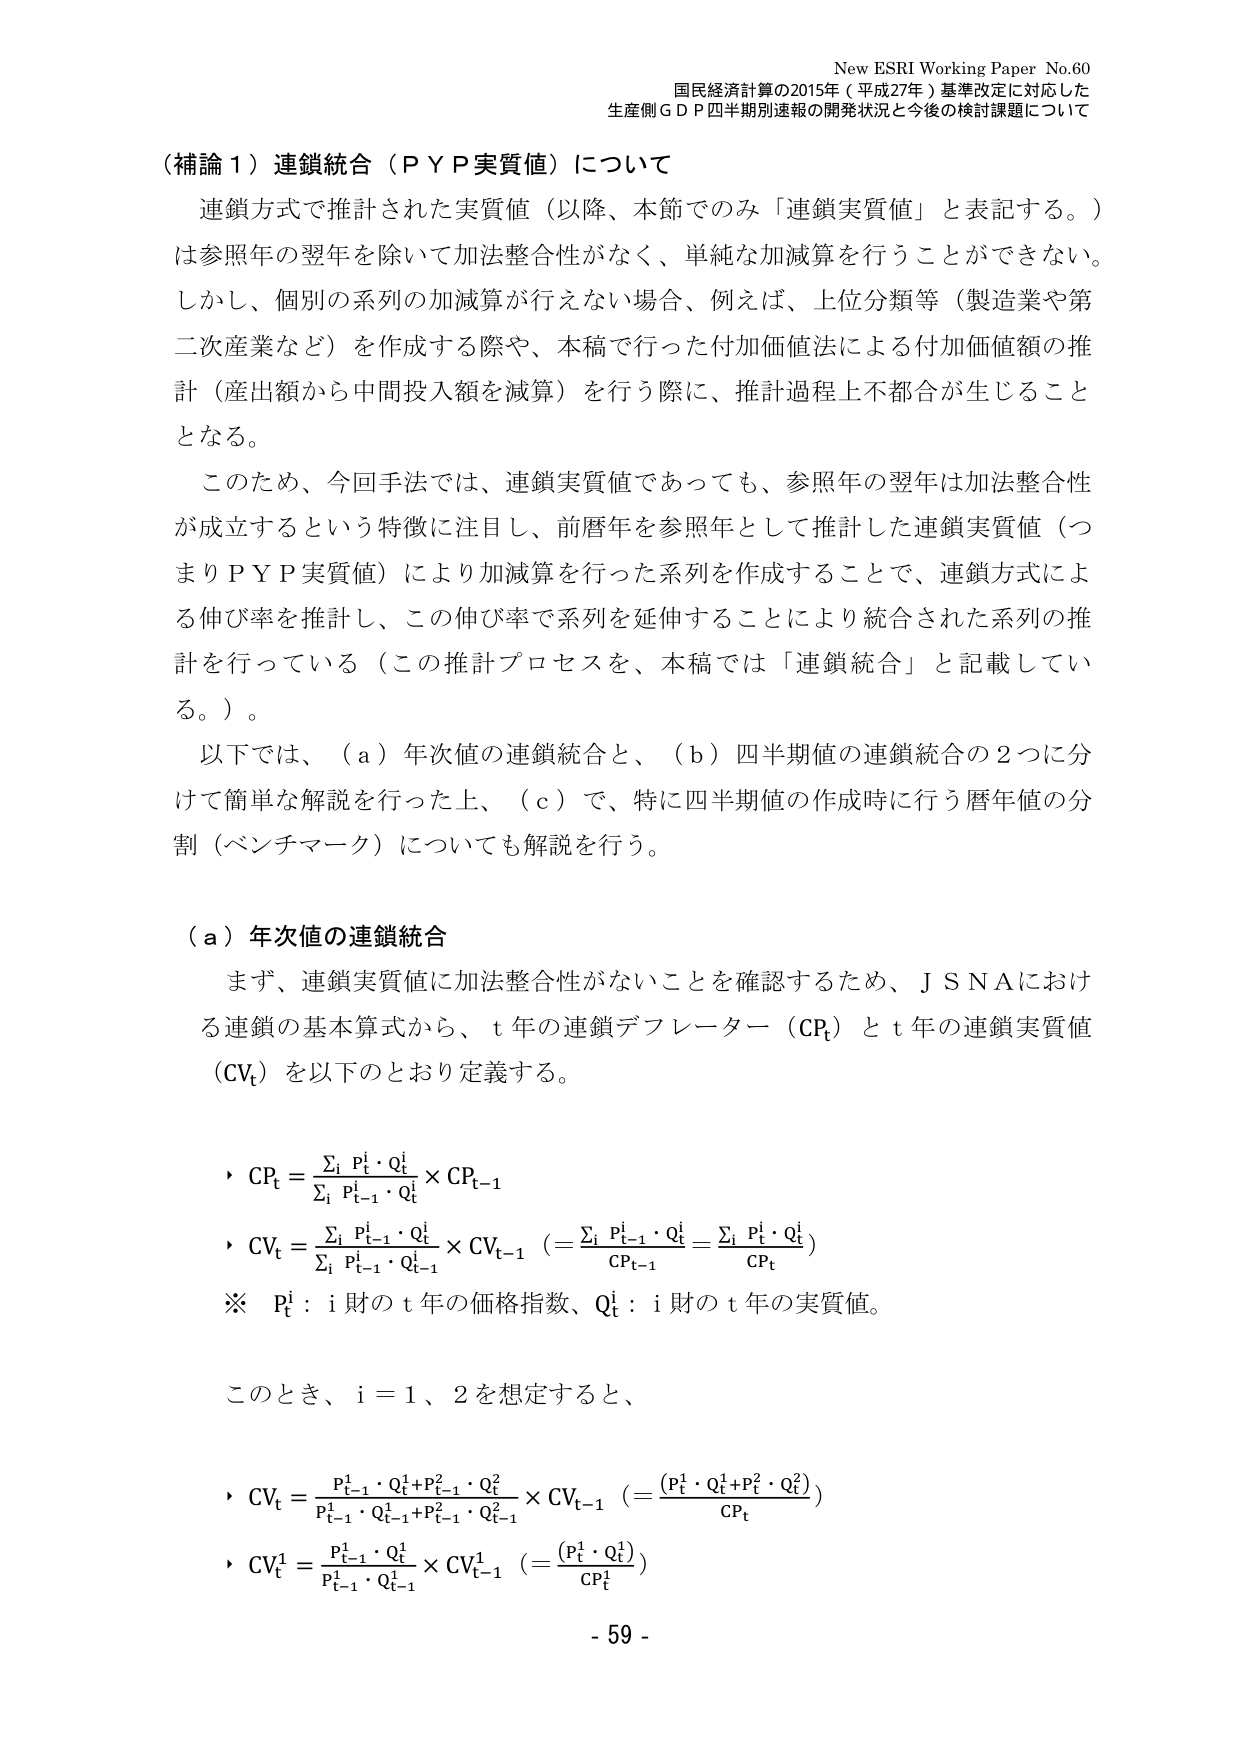
New ESRI Working Paper No.60
国民経済計算の2015年（平成27年）基準改定に対応した
生産側ＧＤＰ四半期別速報の開発状況と今後の検討課題について

（補論１）連鎖統合（ＰＹＰ実質値）について

連鎖方式で推計された実質値（以降、本節でのみ「連鎖実質値」と表記する。）
は参照年の翌年を除いて加法整合性がなく、単純な加減算を行うことができない。
しかし、個別の系列の加減算が行えない場合、例えば、上位分類等（製造業や第二次産業など）を作成する際や、本稿で行った付加価値法による付加価値額の推計（産出額から中間投入額を減算）を行う際に、推計過程上不都合が生じることとなる。

このため、今回手法では、連鎖実質値であっても、参照年の翌年は加法整合性が成立するという特徴に注目し、前暦年を参照年として推計した連鎖実質値（つまりＰＹＰ実質値）により加減算を行った系列を作成することで、連鎖方式による伸び率を推計し、この伸び率で系列を延伸することにより統合された系列の推計を行っている（この推計プロセスを、本稿では「連鎖統合」と記載している。）。

以下では、（ａ）年次値の連鎖統合と、（ｂ）四半期値の連鎖統合の２つに分けて簡単な解説を行った上、（ｃ）で、特に四半期値の作成時に行う暦年値の分割（ベンチマーク）についても解説を行う。

（ａ）年次値の連鎖統合

まず、連鎖実質値に加法整合性がないことを確認するため、ＪＳＮＡにおける連鎖の基本算式から、ｔ年の連鎖デフレーター（ＣＰｔ）とｔ年の連鎖実質値（ＣＶｔ）を以下のとおり定義する。

・ ＣＰｔ = Σi (Ｐｔi・Ｑｔi) / Σi (Ｐｔ−1i・Ｑｔi) × ＣＰｔ−1
・ ＣＶｔ = Σi (Ｐｔ−1i・Ｑｔi) / Σi (Ｐｔ−1i・Ｑｔ−1i) × ＣＶｔ−1 （＝ Σi (Ｐｔ−1i・Ｑｔi) / ＣＰｔ−1 ＝ Σi (Ｐｔi・Ｑｔi) / ＣＰｔ）
※ Ｐｔi：ｉ財のｔ年の価格指数、Ｑｔi：ｉ財のｔ年の実質値。

このとき、ｉ＝１、２を想定すると、

・ ＣＶｔ = (Ｐｔ−11・Ｑｔ1 + Ｐｔ−12・Ｑｔ2) / (Ｐｔ−11・Ｑｔ−11 + Ｐｔ−12・Ｑｔ−12) × ＣＶｔ−1 （＝ (Ｐｔ1・Ｑｔ1 + Ｐｔ2・Ｑｔ2) / ＣＰｔ）
・ ＣＶｔ1 = (Ｐｔ−11・Ｑｔ1) / (Ｐｔ−11・Ｑｔ−11) × ＣＶｔ−11 （＝ (Ｐｔ1・Ｑｔ1) / ＣＰｔ1）

- 59 -